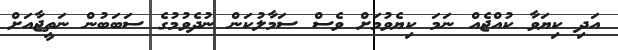
އަދި ކިޔަވާ ކުއްޖެއް ނަމަ ކިޔެވުމަށް ވެސް ސަމާލުކަން ނުދެވުމުގެ ސަބަބުން ނަތީޖާއަށް